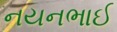
નયનભાઈ